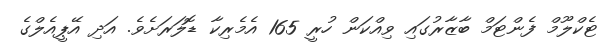
ޓެކްލޫމް ފެންޓަމް ބާޒާރުގައި ވިއްކަން ހުރީ 165 އެމެރިކާ ޑޮލަރަށެވެ. އަދި އޭޕީއެލްގެ